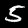
Label: 5